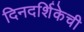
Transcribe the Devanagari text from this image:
दिनदर्शिकेची